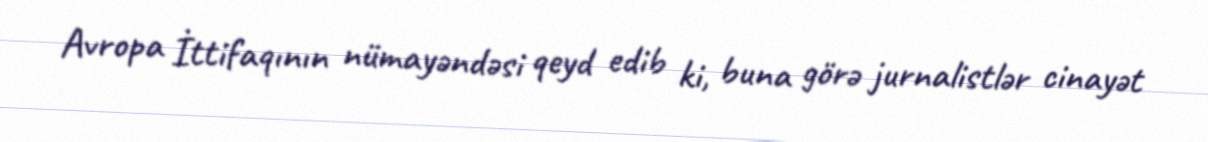
Avropa İttifaqının nümayəndəsi qeyd edib ki, buna görə jurnalistlər cinayət